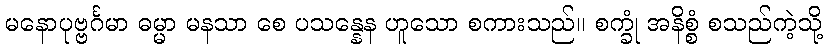
မနောပုဗ္ဗင်္ဂမာ ဓမ္မာ မနသာ စေ ပသန္နေန ဟူသော စကားသည်။ စက္ခုံ အနိစ္စံ စသည်ကဲ့သို့